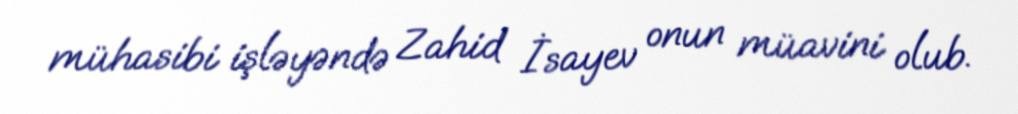
mühasibi işləyəndə Zahid İsayev onun müavini olub.